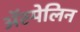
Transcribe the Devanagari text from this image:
अॅस्पेलिन